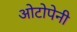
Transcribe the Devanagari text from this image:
ओटोपेनी